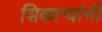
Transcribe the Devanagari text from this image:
शिकार्‍यांनी